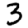
Digit: 3